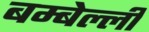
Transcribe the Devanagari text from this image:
बम्बेल्ली